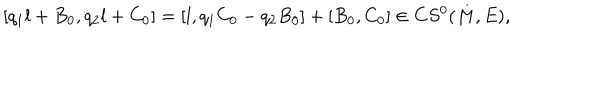
\left[ q _ { 1 } l + B _ { 0 } , q _ { 2 } l + C _ { 0 } \right] = \left[ l , q _ { 1 } C _ { 0 } - q _ { 2 } B _ { 0 } \right] + \left[ B _ { 0 } , C _ { 0 } \right] \in C S ^ { 0 } ( M , E ) ,